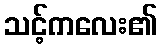
သင့်ကလေး၏